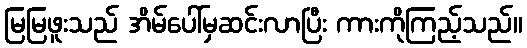
မြမြဖူးသည် အိမ်ပေါ်မှဆင်းလာပြီး ကားကိုကြည့်သည်။